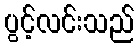
ပွင့်လင်းသည်